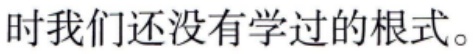
时我们还没有学过的根式。